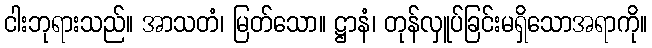
ငါးဘုရားသည်။ အာသတံ၊ မြတ်သော။ ဋ္ဌာနံ၊ တုန်လှူပ်ခြင်းမရှိသောအရာကို။